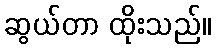
ဆွယ်တာ ထိုးသည်။